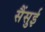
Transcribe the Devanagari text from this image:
सैंसुई